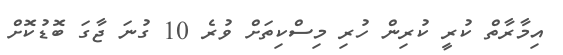
އިމާރާތް ކުރީ ކުރިން ހުރި މިސްކިތަށް ވުރެ 10 ގުނަ ޖާގަ ބޮޑުކޮށް